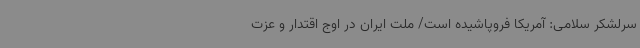
سرلشکر سلامی: آمریکا فروپاشیده است/ ملت ایران در اوج اقتدار و عزت